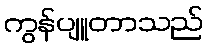
ကွန်ပျူတာသည်